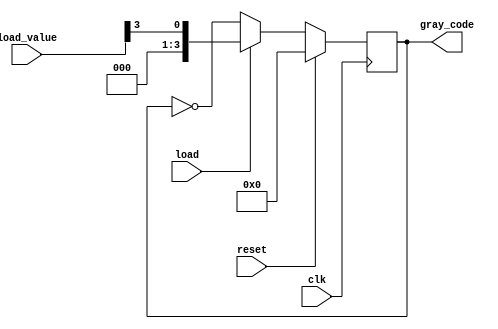
module gray_counter(
    input wire clk,
    input wire reset,
    input wire load,
    input wire [3:0] load_value,
    output reg [3:0] gray_code
);

reg [3:0] q1, q2, q3, q4;

always @(posedge clk) begin
    if (reset) begin
        q1 <= 1'b0;
        q2 <= 1'b0;
        q3 <= 1'b0;
        q4 <= 1'b0;
    end else if (load) begin
        q1 <= load_value[3];
        q2 <= load_value[2];
        q3 <= load_value[1];
        q4 <= load_value[0];
    end else begin
        q1 <= ~q1;
        q2 <= q1 ^ q2;
        q3 <= q2 ^ q3;
        q4 <= q3 ^ q4;
    end
end

assign gray_code = {q4, q3, q2, q1};

endmodule